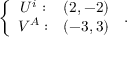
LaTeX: \left\{ \begin{array} { c c } { { U ^ { i } : } } & { { ( 2 , - 2 ) } } \\ { { V ^ { A } : } } & { { ( - 3 , 3 ) } } \end{array} \right. \, .